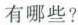
有哪些?